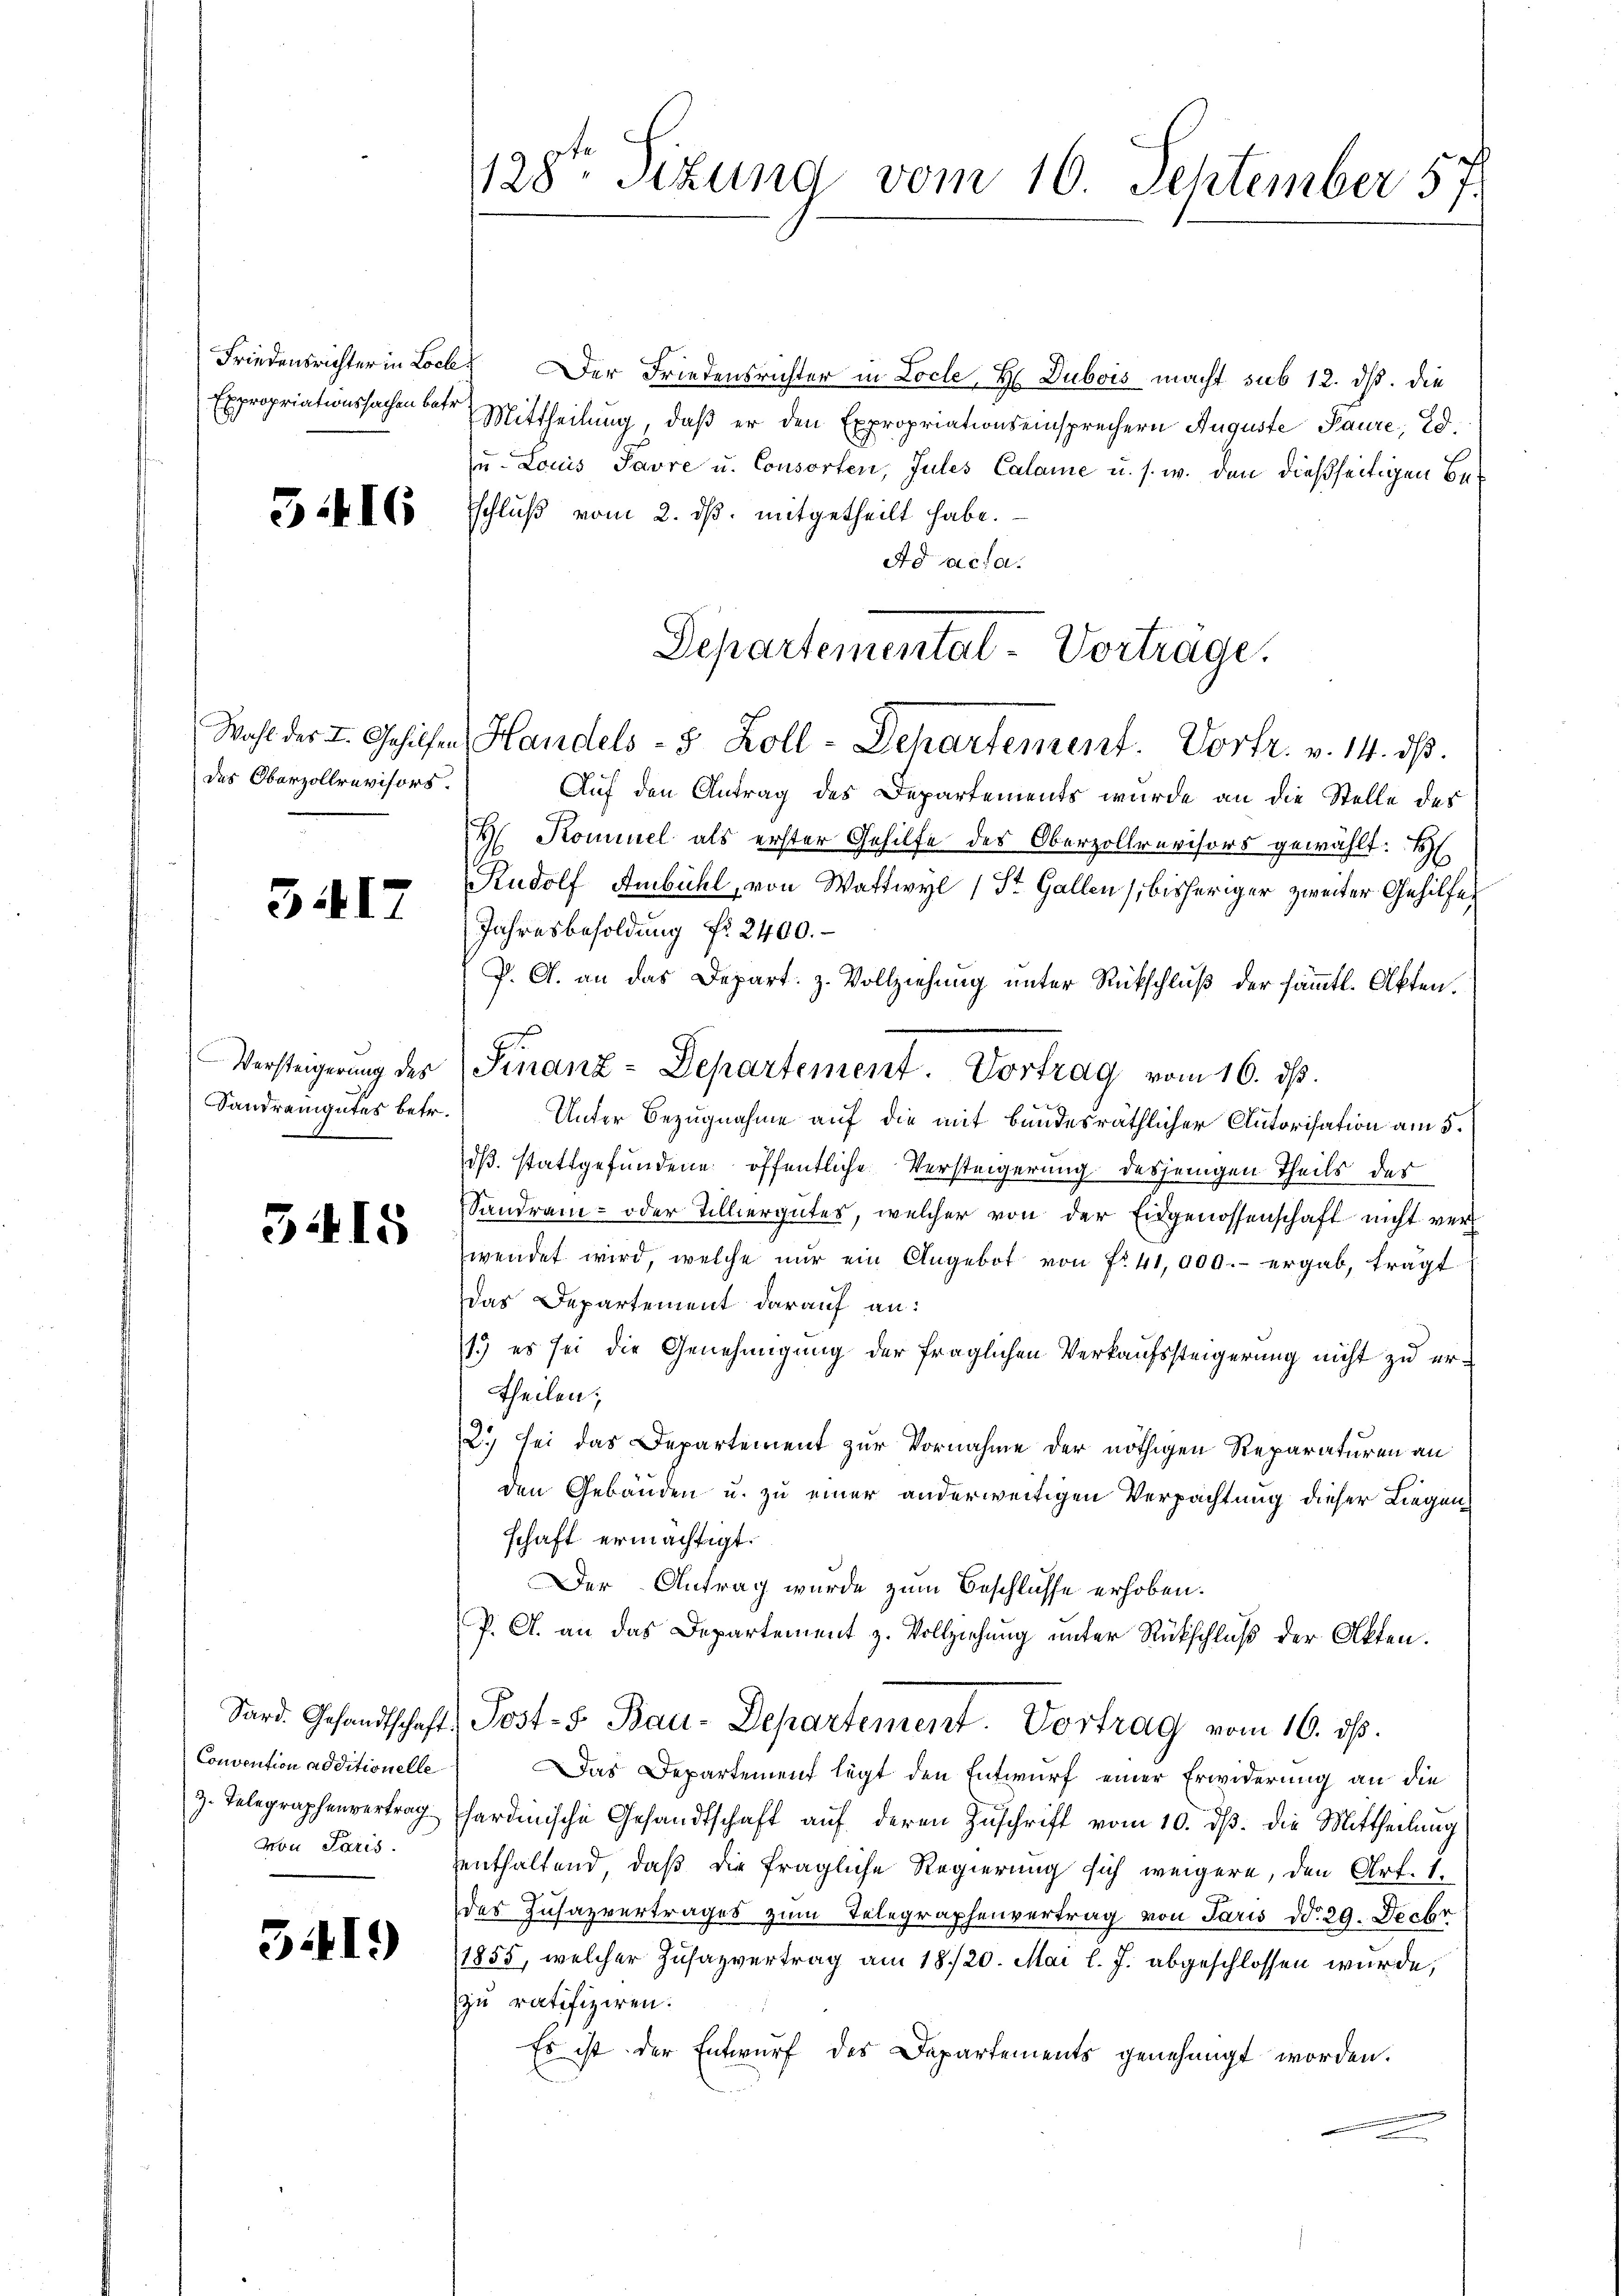
3416

des Oberzollrevisors.

3417

Versteigerung des
Sandrengutes betr.

3415

Convention additionelle
z. Telegraphenvertrag
von Paris.

3419

128ten Sizung vom 16. September 57.

Friedensrichter in Locke. Der Friedensrichter in Locle, H Dubois macht sub 12. dß. Die
Expropriationssachen betr. Mittheilung, daß er den Expropriationseinsprechern Auguste Paure, Ed.
u. Louis Javre u. Consorten, Jules Calame u. s. w. den dießseitigen Beschluß vom 2. ds. mitgetheilt habe.
Ad Acta.
Auf den Antrag des Departements wurde an die Stelle des
H. Kominel als erster Gehilfe des Oberzollrevisors gewählt: H
Rudolf Ambühl, von Wattwyl 1 St. Gallen (bisheriger zweiter Gehilfe
Jahresbesoldung Nr. 2400.
P. G. an das Depart. z. Vollziehung unter Rückschluß der sämmtl. Akten.
Finanz-Departement. Vortrag vom 16. ds.
Unter Bezugnahme auf die mit bundesräthlicher Autorisation am 5.
dß stattgefundene öffentliche Versteigerung desjenigen Theils der
Sandran- oder Tilliergutes, welcher von der Eidgenossenschaft nicht verl
wendet wird, welche nŭr ein Angebot von fr 41,000.- ergab, tragt
das Departement darauf an:
1.) es sei die Genehmigung der fraglichen Verkaufssteigerung nicht zu ertheilen;
2) sei das Departement zur Vornahme der nöthigen Reparaturen an
den Gebäuden u. zu einer anderweitigen Verpachtung dieser Liegenschaft ermächtigt.
Der Antrag wurde zum Beschlusse erhoben.
P. A. an das Departement z. Vollziehung unter Rückschluß der Akten.
Sard. Gesandtschaft Post-S. Bau-Departement. Vortrag vom 16. ds.
Das Departement legt den Entwurf einer Erwiderung an die
hardinische Gesandtschaft auf deren Zuschrift vom 10. ds. die Mittheilung
enthaltend, daß die fragliche Regierung sich weigere, den Art. I.
des Zusazvertrages zum Telegraphenvertrag von Paris ddo 29. Decbr
1855, welcher Zusazvertrag am 18/20. Mai l. J. abgeschlossen wurde,
zu ratifiziren.
Es ist der Entwurf des Departements genehmigt worden.

Departemental-Vortrage.
Wahl der I. Gehilfen Handels- 5 Zoll-Departement. Vortr. v. 14. ds.